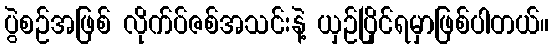
ပွဲစဉ်အဖြစ် လိုက်ပ်ဇစ်အသင်းနဲ့ ယှဉ်ပြိုင်ရမှာဖြစ်ပါတယ်။